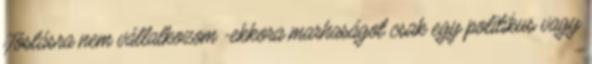
Jóslásra nem vállalkozom -ekkora marhaságot csak egy politikus vagy